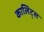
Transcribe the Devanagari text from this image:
कालिट्स